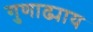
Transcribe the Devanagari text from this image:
गुणाढ्याय